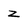
Character: 2